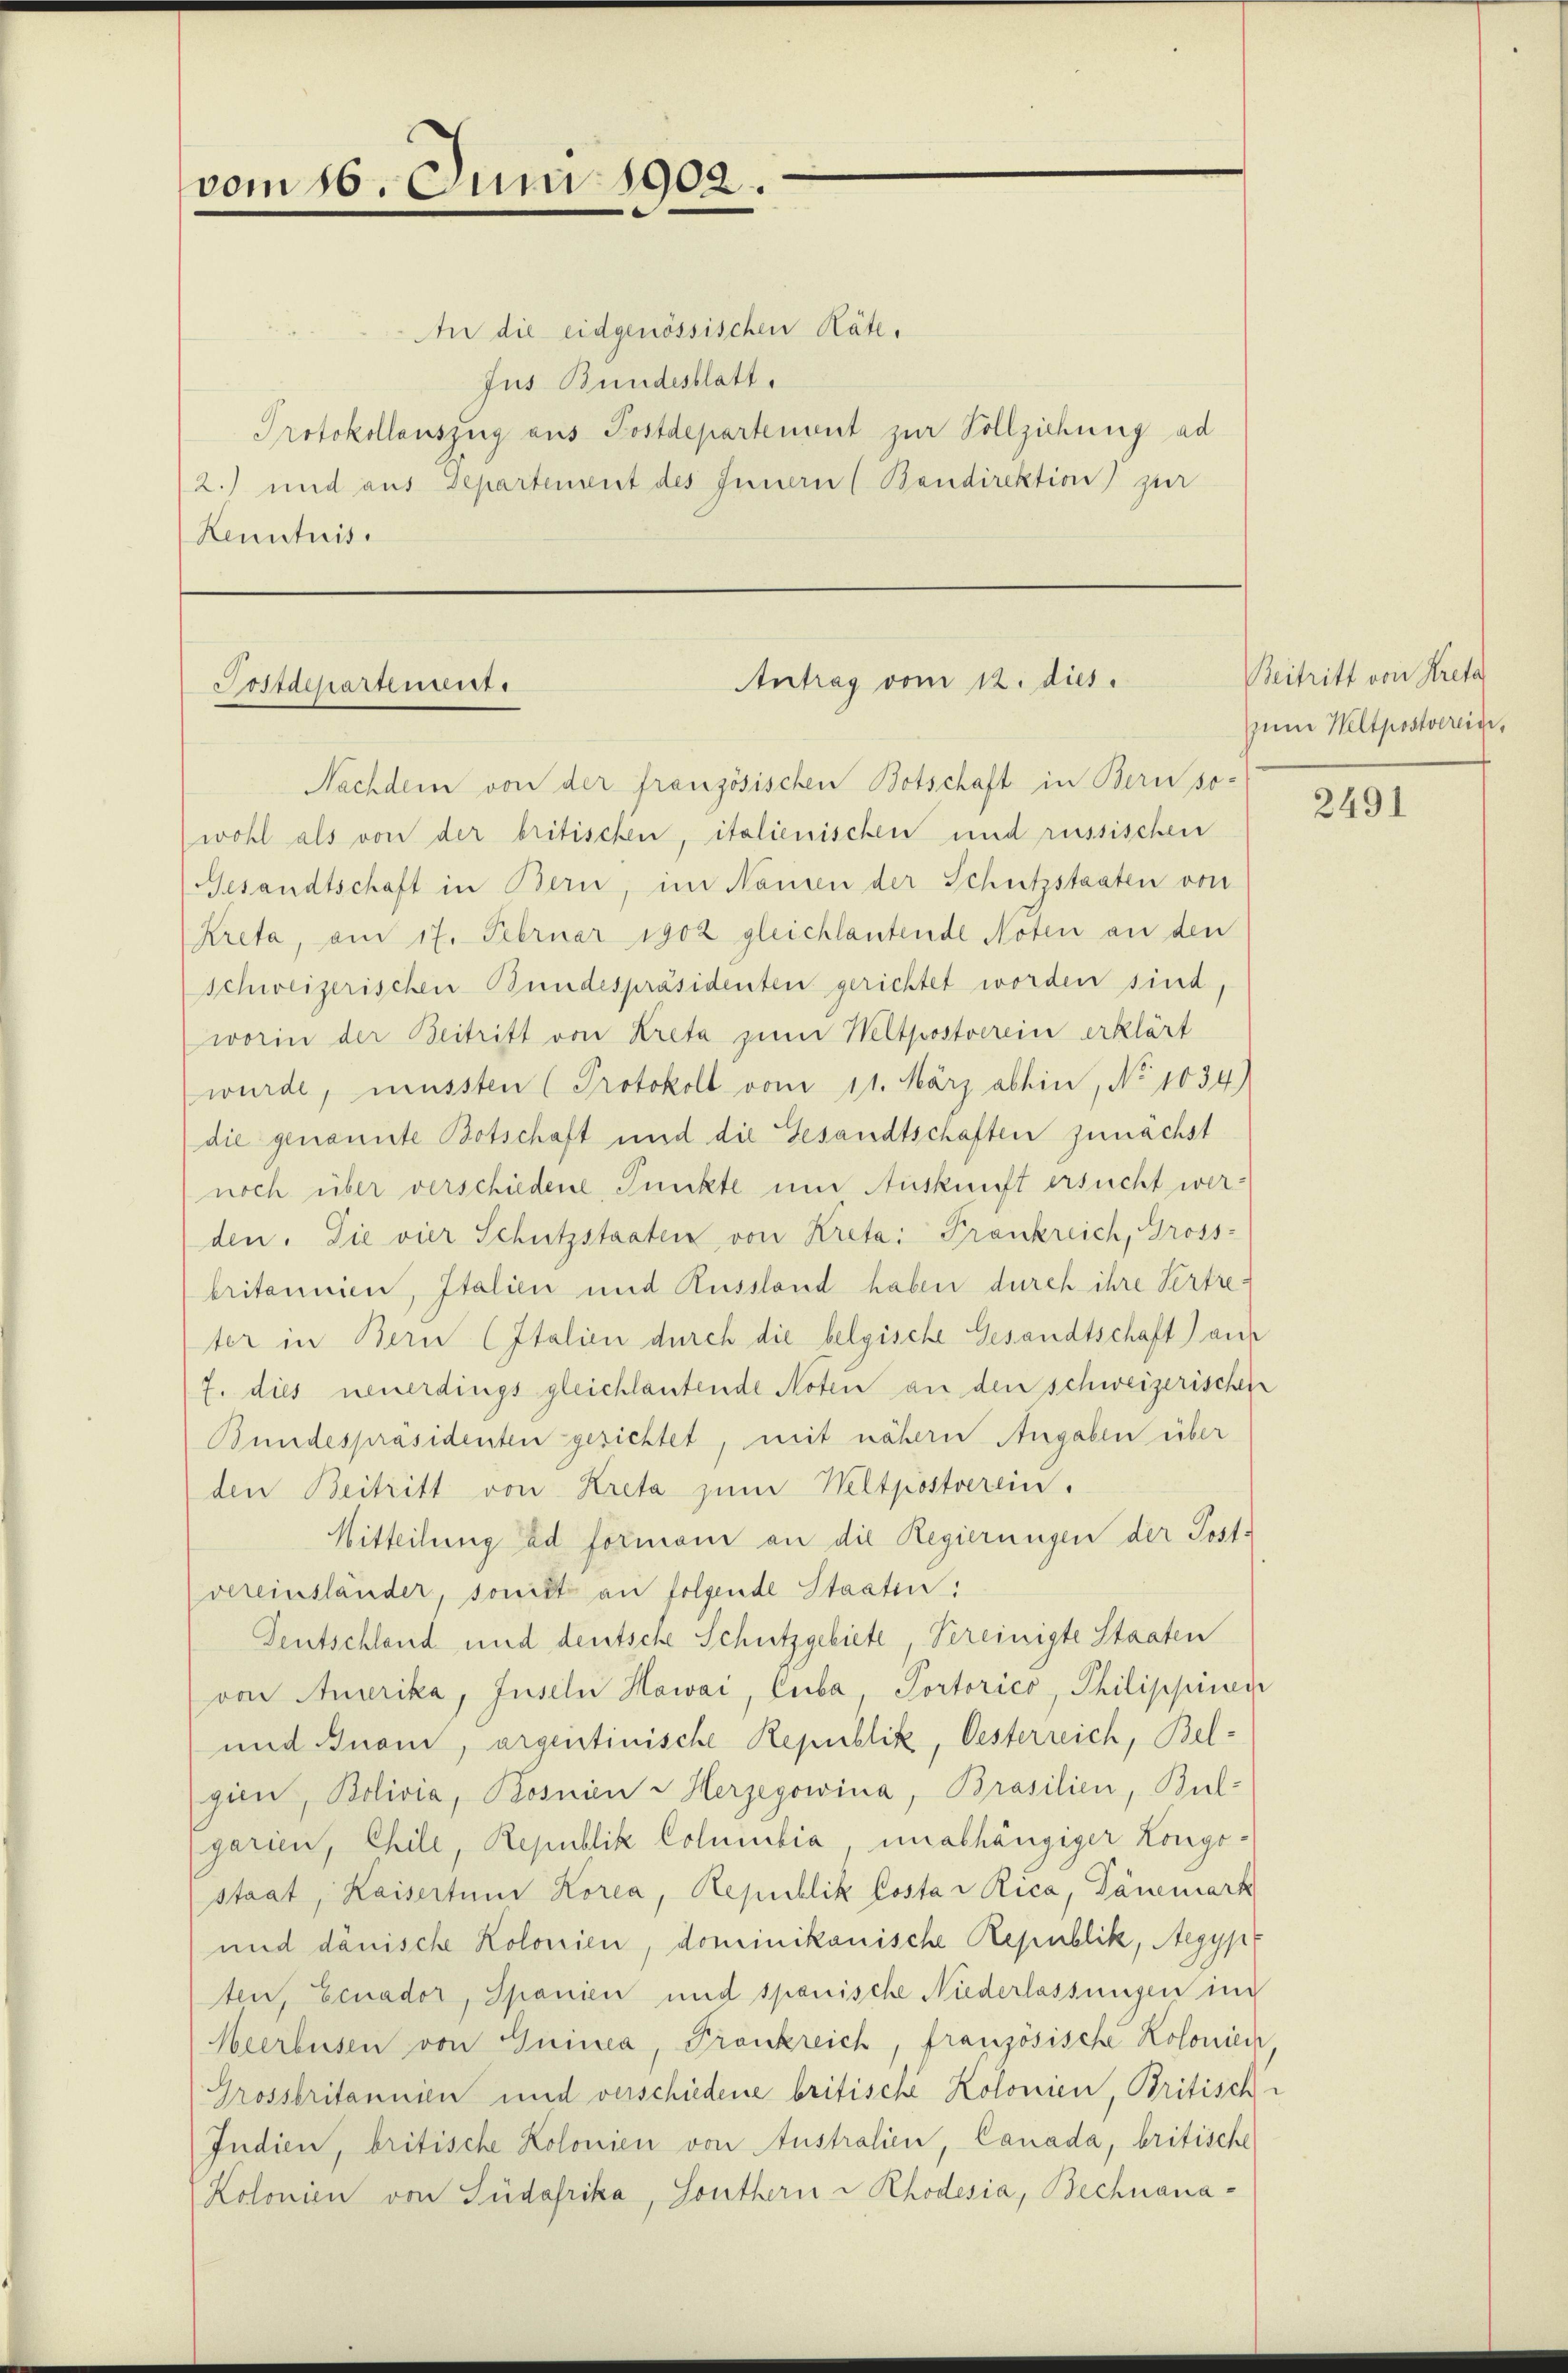
vom 16. Juni 1902.

Postdepartement.

An die eidgenössischen Räte.
Jus Bundesblatt.
Protokollauszug aus Postdepartenant zur Vollziehung ad
2.) und aus Departement des Innern (Bandirektion zur
Kenntnis.

Antrag vom 12. dies

Nachdem von der französischen Botschaft in Bern so-
wohl als von der britischen, italienischen und russischen
Gesandtschaft in Bern, im Namen der Schutzstaaten von
Kreta, am 17. Februar 1902 gleichlautende Noten an den
schweizerischen Bundespräsidenten gerichtet worden sind,
worin der Beitritt von Kreta zum Weltpostverein erklärt
wurde, müssten (Protokoll vom 11. März abhin, No 1034)
die genannte Botschaft und die Gesandtschaften zunächst
noch über verschiedene Punkte um Auskunft ersucht werden. Sie vier Schutzstaaten von Kreta: Frankreich, Gross-
britannien, Italien und Russland haben durch ihre Vertreter in Bern (Italien durch die belgische Gesandtschaft) auf
7. dies neuerdings gleichlautende Noten an den schweizerischen
Bundespräsidenten gesichtet, mit nähern Angaben über
den Beitritt von Kreta zum Weltpostverein.
Mitteilung ad Formoni an die Regierungen der Post-
vereinständer, sonist an folgende Staaten:
Deutschland und deutsche Schutzgebiete Vereinigte Staaten
von Amerika, Inseln Howai, Cuba Portorico, Philippinen
und nom, orgentinische Republik, Oesterreich, Belgien, Bolivia, Rosnien Herzegowina, Brasilien, Bul-
garien, Chile, Republik Columbia, unabhängiger Longestaat, Kaiserten Korea, Republik Costar Rica, Dänemark
und dänische Kolonien, dominikanische Republik, Aegypt
ten, Ecnador, Spanien und spanische Niederlassungen im
Heerbusen von Quinca, Frankreich, französische Kolonien
Grossbritannien und verschiedene britische Kolonien, Britisch-
Indien, britische Kolonien von Australien, Canada, britische
Kolonien von Südafrika, Southern & Rhodesia, Bechnana¬

Beitritt von Kreta
zum Weltpostvereide,

2491